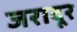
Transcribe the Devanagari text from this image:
जरादूर